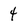
Character: 4